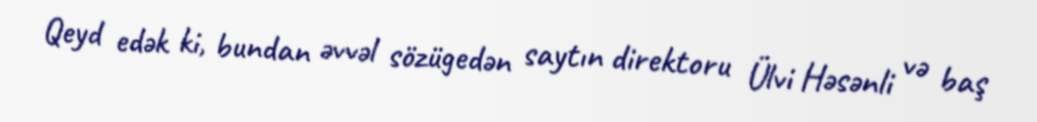
Qeyd edək ki, bundan əvvəl sözügedən saytın direktoru Ülvi Həsənli və baş